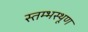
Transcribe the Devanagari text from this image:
स्तम्भस्थूण